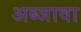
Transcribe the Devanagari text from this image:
अब्जावा